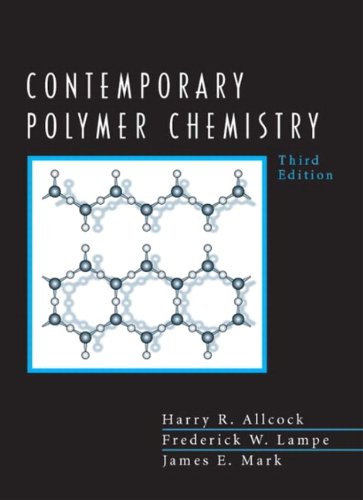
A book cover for Contemporary Polymer Chemistry (3rd Edition); Harry Allcock; Science & Math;